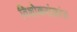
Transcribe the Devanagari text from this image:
विशोकसंक्रांत